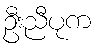
ဦးညီပုက